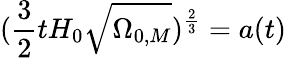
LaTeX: ({\frac{3}{2}}tH_{0}{\sqrt{\Omega_{0,M}}})^{\frac{2}{3}}=a(t)